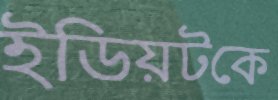
ইডিয়টকে